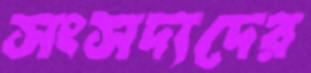
সংসদ্যদের